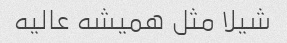
شیلا مثل همیشه عالیه